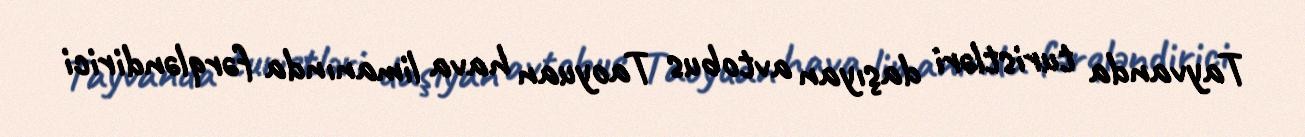
Tayvanda turistləri daşıyan avtobus Taoyuan hava limanında fərqləndirici